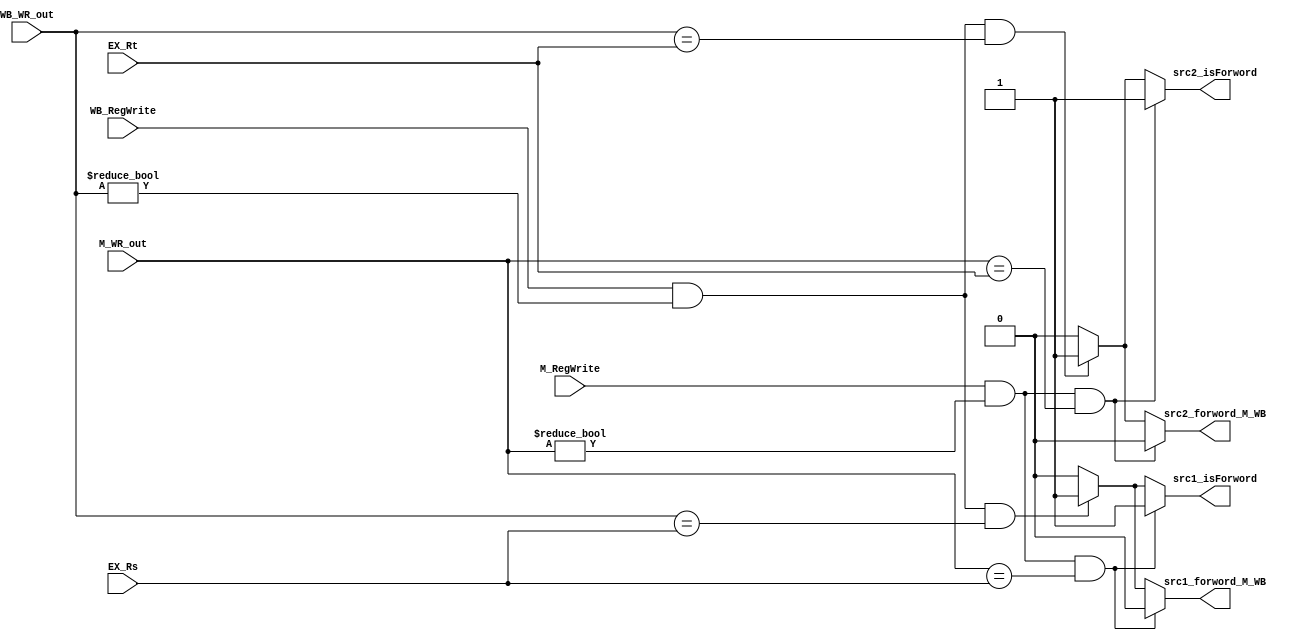
// Forwarding Unit

module FU ( // input
			EX_Rs,
            EX_Rt,
			M_RegWrite,
			M_WR_out,
			WB_RegWrite,
			WB_WR_out,
			// output
			// write your code in here
			src1_forword_M_WB,
			src1_isForword,
			src2_forword_M_WB,
			src2_isForword
			);

	input [4:0] EX_Rs;
    input [4:0] EX_Rt;
    input M_RegWrite;
    input [4:0] M_WR_out;
    input WB_RegWrite;
    input [4:0] WB_WR_out;

	// write your code in here
	output src1_forword_M_WB;
	output src1_isForword;
	output src2_forword_M_WB;
	output src2_isForword;

	reg src1_forword_M_WB;
	reg src1_isForword;
	reg src2_forword_M_WB;
	reg src2_isForword;

	always @(*)
	begin
		src1_forword_M_WB	= 0;
		src1_isForword		= 0;
		src2_forword_M_WB	= 0;
		src2_isForword		= 0;

		/*Rs*/
		if((WB_RegWrite == 1) && (WB_WR_out != 0) && (WB_WR_out == EX_Rs))
		begin
			src1_forword_M_WB	= 1;
			src1_isForword		= 1;
			// $display("Rs W FU %h", EX_Rs);
		end
		if((M_RegWrite == 1) && (M_WR_out != 0) && (M_WR_out == EX_Rs))
		begin
			src1_forword_M_WB	= 0;
			src1_isForword 		= 1;
			// $display("Rs M FU %h", EX_Rs);
		end

		/*Rt*/
		if((WB_RegWrite == 1) && (WB_WR_out != 0) && (WB_WR_out == EX_Rt))
		begin
			src2_forword_M_WB	= 1;
			src2_isForword		= 1;
			// $display("Rt w FU %h", EX_Rt);
		end
		if((M_RegWrite == 1) && (M_WR_out != 0) && (M_WR_out == EX_Rt))
		begin
			src2_forword_M_WB	= 0;
			src2_isForword 		= 1;
			// $display("Rt M FU %h", EX_Rt);
		end
	end
endmodule